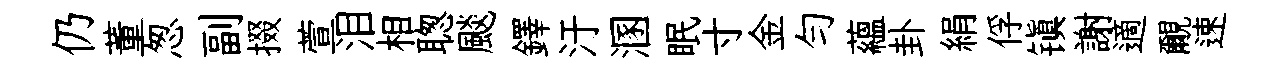
仍董怱副掇萱泪相聦颷鐸汙溷眠寸金勻藴卦絹俘镇謝適覼速